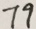
7 9